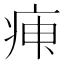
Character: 𤶉